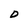
Character: D